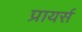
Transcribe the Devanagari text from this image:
प्रायर्स